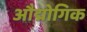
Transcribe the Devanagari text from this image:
औद्मोगिक